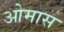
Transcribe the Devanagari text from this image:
ओमास